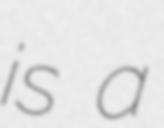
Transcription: is a